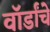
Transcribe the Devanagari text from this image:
वॉर्डांचे